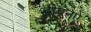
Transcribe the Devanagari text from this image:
डीएनऐ